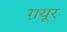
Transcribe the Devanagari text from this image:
ग़यूर